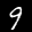
Label: 9